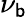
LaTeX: \nu_{\mathsf{b}}